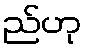
ည်ဟု